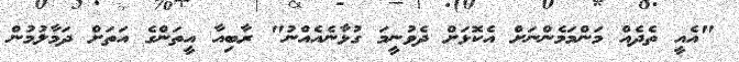
"އެއީ ތެދެއް މަންމަމެންނަށް އެކޮޅަށް ދެވުނީމަ ގުޅާނެއެއްނު" ރާބިއާ އީތަންގެ އަތަށް ދަމާލުމުން